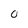
Character: 0